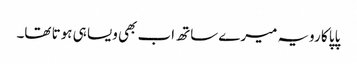
پاپا کا رویہ میرے ساتھ اب بھی ویسا ہی ہوتا تھا۔